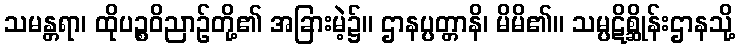
သမန္တရာ၊ ထိုပဉ္စဝိညာဉ်တို့၏ အခြားမဲ့၌။ ဌာနပ္ပတ္တာနိ၊ မိမိ၏။ သမ္ပဋိစ္ဆိုန်းဌာနသို့